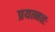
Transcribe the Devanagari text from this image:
प्रयत्नतः